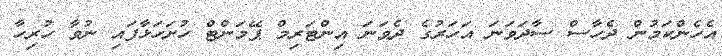
އެހެންކަމުން ދެހާސް ސާދަވަނަ އަހަރުގެ ދެވަނަ އިންޓަރިމް ޕޭމަންޓް ހުށަހަޅާފައި ނުވާ ހުރިހާ